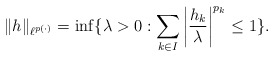
\begin{align*}\|h\|_{\ell^{p(\cdot)}}=\inf\{\lambda >0:\sum\limits_{k\in I}\left|\frac{h_k}{\lambda}\right|^{p_k}\leq 1\}.\end{align*}